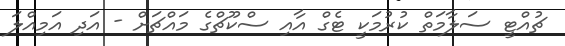
ޗުއްޓީ ސަލާމަތް ކުރުމަކީ ޓެގް އާއި ސްކޫޗްގެ މައްޗަށް - އަދި އަމިއްލަ